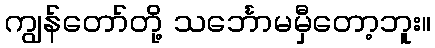
ကျွန်တော်တို့ သင်္ဘောမမှီတော့ဘူး။